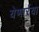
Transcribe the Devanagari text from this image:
येणार्रया